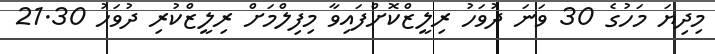
މިދިޔަ މަހުގެ 30 ވަނަ ދުވަހު ރިލީޒްކޮށްފައިވާ މިފިލްމަށް ރިލީޒްކުރި ދުވަހު 21.30